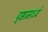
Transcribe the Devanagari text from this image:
पृष्ठामध्ये